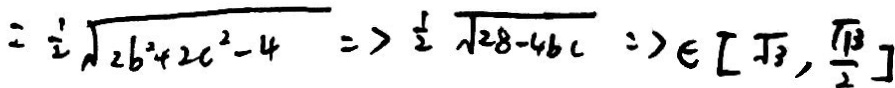
= \frac { 1 } { 2 } \sqrt { 2 b ^ { 2 } + 2 c ^ { 2 } - 4 } = > \frac { 1 } { 2 } \sqrt { 2 8 - 4 b c } = > \in [ \sqrt { 3 } , \frac { \sqrt { 3 } } { 2 } ]